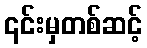
၎င်းမှတစ်ဆင့်